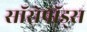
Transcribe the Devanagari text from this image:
सॉरोपॉड्स